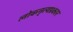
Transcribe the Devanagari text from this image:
लोकनृत्यप्रकार